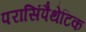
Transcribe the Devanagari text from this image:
परासिंपैथेटिक